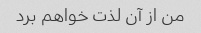
من از آن لذت خواهم برد